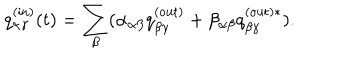
LaTeX: q _ { \alpha \gamma } ^ { \mathrm { ( i n ) } } ( t ) = \sum _ { \beta } ( \alpha _ { \alpha \beta } q _ { \beta \gamma } ^ { \mathrm { ( o u t ) } } + \beta _ { \alpha \beta } q _ { \beta \gamma } ^ { \mathrm { ( o u t ) } \ast } ) .